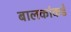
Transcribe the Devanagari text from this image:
बालकांकडे